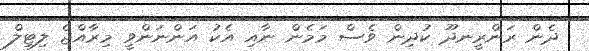
ދެން ރަންރީނދޫ ކުދިން ވެސް މަމެން ނާއި އެކު އަންނަންވީ މިރާއްޖެ ލިޓިލް